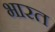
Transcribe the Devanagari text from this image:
भारत